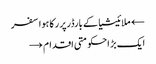
← ملائیشیا کے بارڈرپر رکا ہوا سفر
ایک بڑ احکومتی اقدام →